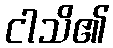
ငါသိ၏